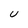
Character: U